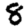
Digit: 8